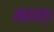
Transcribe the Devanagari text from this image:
महान्‌।